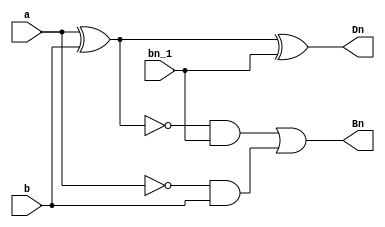
`timescale 1ns / 1ps

module inv(
    input a,
    input b,
    input bn_1,
    output Dn,
    output Bn
);
    
assign Dn = (a^b)^bn_1;
assign Bn = ( ~(a^b) & bn_1) | (~a & b);
endmodule